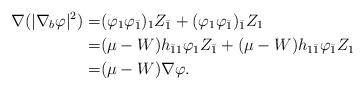
LaTeX: \begin{align*}\nabla(|\nabla_b\varphi |^2) = & (\varphi_1\varphi_{\bar{1}})_1Z_{\bar{1}} +(\varphi_1\varphi_{\bar{1}})_{\bar{1}}Z_1\\= & (\mu-W)h_{\bar{1}1}\varphi_1Z_{\bar{1}} + (\mu-W)h_{1\bar{1}}\varphi_{\bar{1}}Z_1 \\=& (\mu -W)\nabla \varphi.\end{align*}